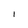
Character: l